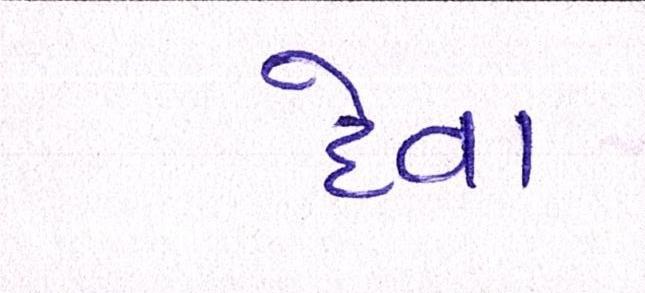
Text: દેવા